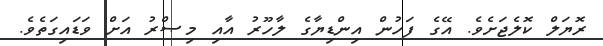
ރޮޔަލް ކޮލެޖަށެވެ. އޭގެ ފަހުން އިންޑިޔާގެ ލާހޫރު އާއި މިޞްރު އަށް ވަޑައިގަތެވެ.